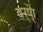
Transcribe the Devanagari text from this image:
वर्ष्‍ेा